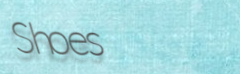
Shoes